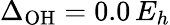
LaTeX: \Delta_{\mathrm{OH}}=0.0\, E_{h}